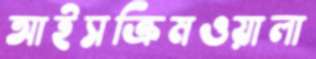
আইসক্রিমওয়ালা